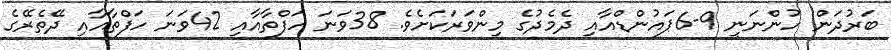
ބަރުދަން ހުންނަނީ 9-6ޕައުންޑްއާއި ދެމެދުގެ މިންވަރަކަށެވެ. 38ވަނަ ހަފްތާއާއި 42ވަނަ ހަފްތާއާއި ދޭތެރޭގެ